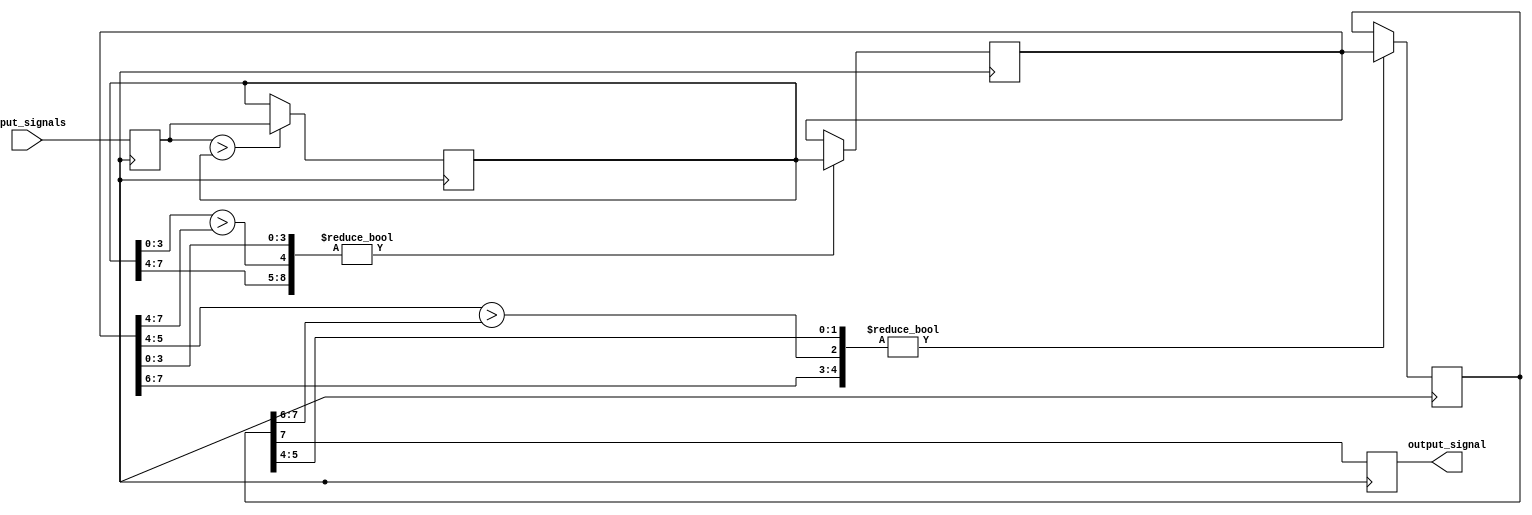
module binary_tree_arbiter (
    input wire [7:0] input_signals,
    output reg output_signal
);

reg [7:0] internal_signals [3:0];

always @ (posedge clk) begin
    internal_signals[0] <= input_signals;
    internal_signals[1] <= internal_signals[0] > internal_signals[1] ? internal_signals[0] : internal_signals[1];
    internal_signals[2] <= {internal_signals[1][7:4], internal_signals[1][3:0] > internal_signals[2][7:4], internal_signals[2][3:0]} ? internal_signals[1] : internal_signals[2];
    internal_signals[3] <= {internal_signals[2][7:6], internal_signals[2][5:4] > internal_signals[3][7:6], internal_signals[3][5:4]} ? internal_signals[2] : internal_signals[3];
    
    output_signal <= internal_signals[3][7];
end

endmodule